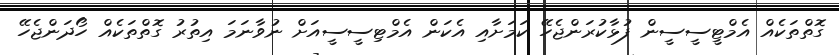
ގޮތްތަކެއް އެމްޓީސީސީން ފުޅާކުރަންޖެހޭ ކަމަށާއި އެކަން އެމްޓިސީސީއަށް ނުވާނަމަ އިތުރު ގޮތްތަކެއް ހޯދަންޖެހޭ